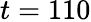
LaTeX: t=110